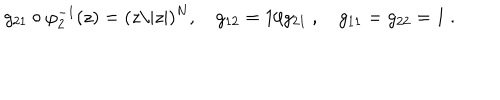
LaTeX: g _ { 2 1 } \circ \varphi _ { 2 } ^ { - 1 } ( z ) = ( z / | z | ) ^ { N } , g _ { 1 2 } = 1 / g _ { 2 1 } \ , g _ { 1 1 } = g _ { 2 2 } = 1 \ .